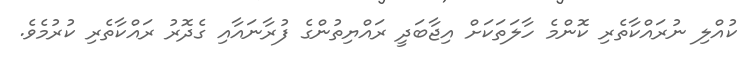
ކުއްލި ނުރައްކާތެރި ކޮންމެ ހާލަތަކަށް އިޖާބަދީ ރައްޔިތުންގެ ފުރާނައާއި ގެދޮރު ރައްކާތެރި ކުރުމެވެ.